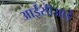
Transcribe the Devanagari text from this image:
आईसीआई